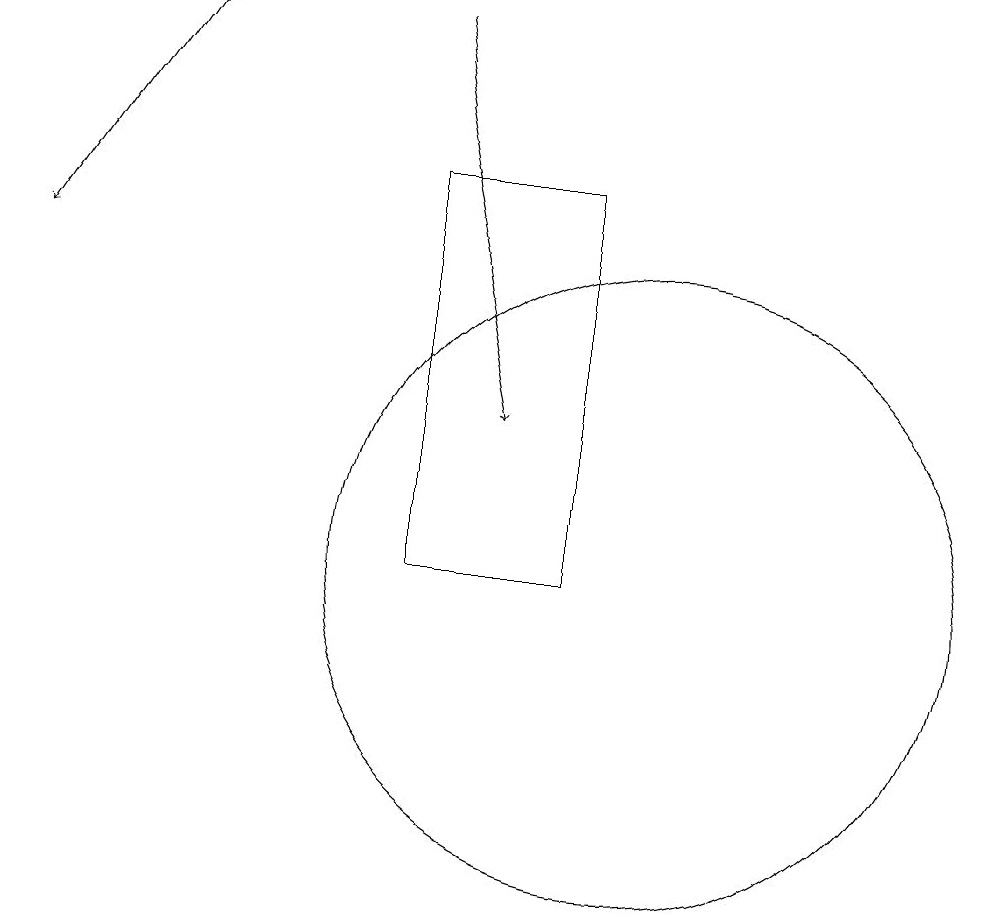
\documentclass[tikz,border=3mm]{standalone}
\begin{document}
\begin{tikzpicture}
\draw (10,11) circle (4);
\draw[->] (4,18) -- (2,15);
\draw[->] (7,18) -- (8,13);
\draw (7,11) rectangle (9,16);
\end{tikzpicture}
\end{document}